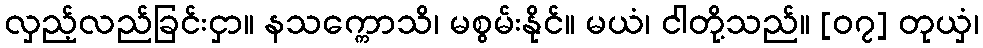
လှည့်လည်ခြင်းငှာ။ နသက္ကောသိ၊ မစွမ်းနိုင်။ မယံ၊ ငါတို့သည်။ [၀၇] တုယှံ၊